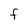
Character: F